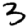
Digit: 3